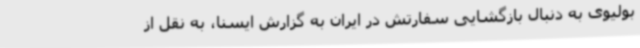
بولیوی به دنبال بازگشایی سفارتش در ایران به گزارش ایسنا، به نقل از